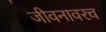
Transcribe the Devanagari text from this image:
जीवनावरच